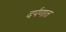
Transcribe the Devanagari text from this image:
दर्पणात